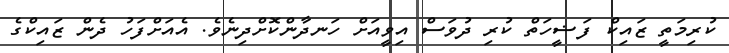
ކުރިމަތީ ޒައިކް ފަޟީހަތް ކުރި ދުވަސް އިވީއަށް ހަނދާންކޮށްދިނެވެ. އެއަށްފަހު ދެން ޒައިކްގެ